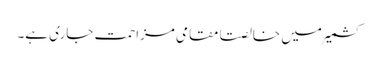
کشمیر میں خالصتا مقامی مزاحمت جاری ہے۔